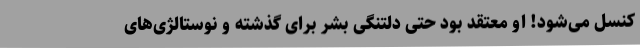
کنسل می‌شود! او معتقد بود حتی دلتنگی بشر برای گذشته و نوستالژی‌های